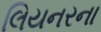
લિયનરના